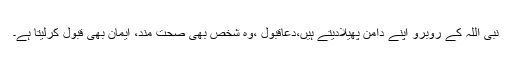
نبی اللہ کے روبرو اپنے دامن پھیلادیتے ہیں،دعاقبول ،وہ شخص بھی صحت مند، ایمان بھی قبول کرلیتا ہے۔